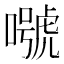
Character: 𡀱